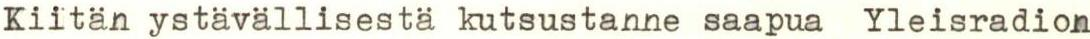
Kiitän ystävällisestä kutsustanne saapua Yleisradion